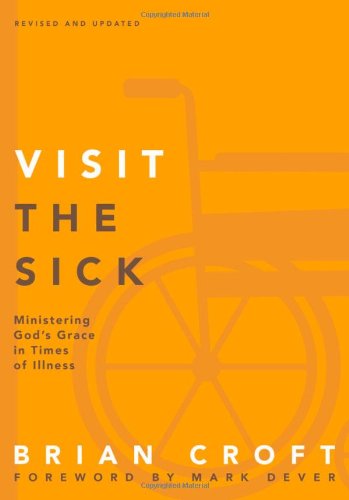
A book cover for Visit the Sick: Ministering God's Grace in Times of Illness (Practical Shepherding Series); Brian Croft; Christian Books & Bibles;